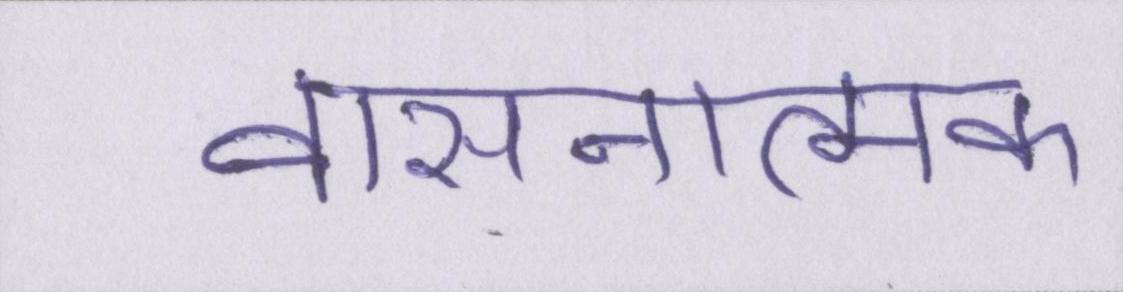
वासनात्मक